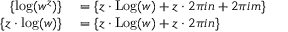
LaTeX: \begin{array} { r l } { \left\{ \log ( w ^ { z } ) \right\} } & { { } = \left\{ z \cdot \operatorname { L o g } ( w ) + z \cdot 2 \pi i n + 2 \pi i m \right\} } \\ { \left\{ z \cdot \log ( w ) \right\} } & { { } = \left\{ z \cdot \operatorname { L o g } ( w ) + z \cdot 2 \pi i n \right\} } \end{array}